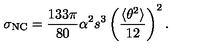
\sigma _ { \mathrm { N C } } = \frac { 1 3 3 \pi } { 8 0 } \alpha ^ { 2 } s ^ { 3 } \left( \frac { \langle \theta ^ { 2 } \rangle } { 1 2 } \right) ^ { 2 } .